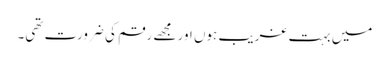
میں بہت غریب ہوں اور مجھے رقم کی ضرورت تھی۔